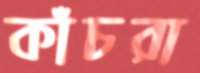
কাঁচরা